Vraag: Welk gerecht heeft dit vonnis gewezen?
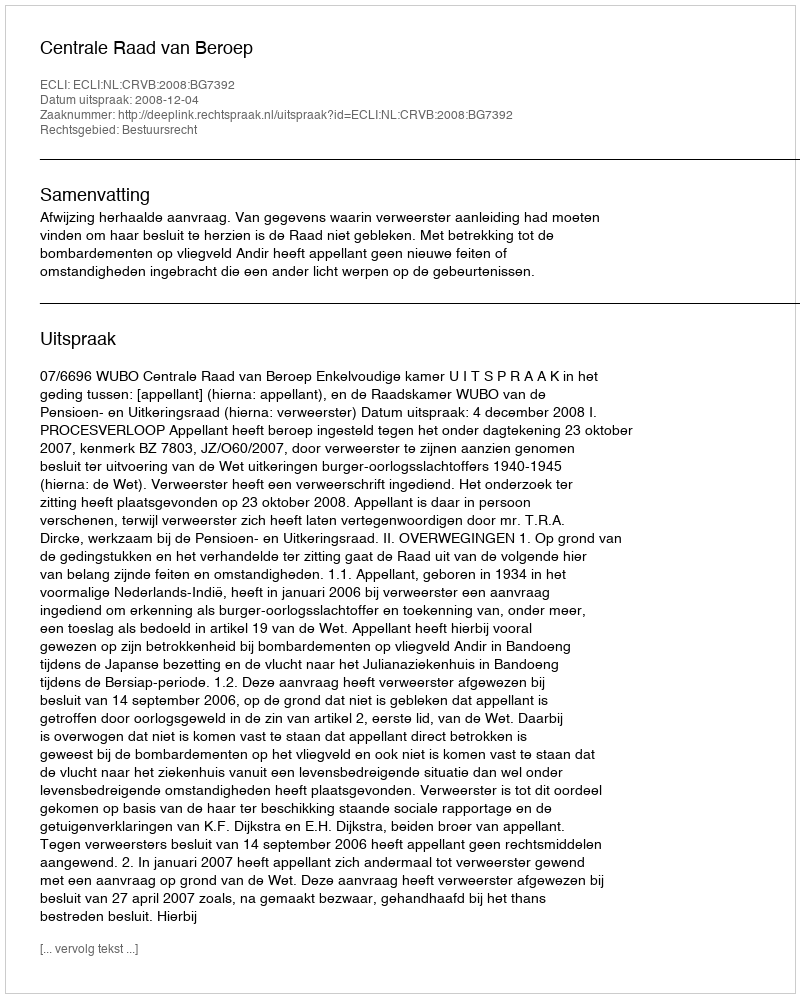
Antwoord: Centrale Raad van Beroep